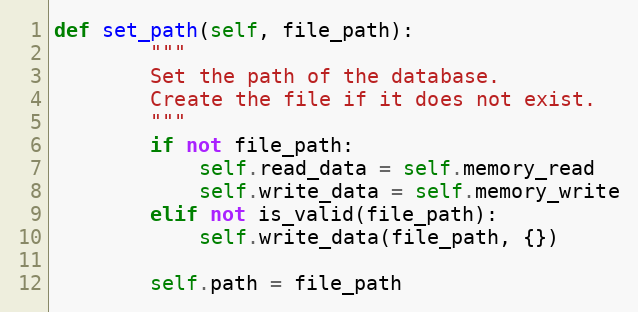
Language: Python
def set_path(self, file_path):
        """
        Set the path of the database.
        Create the file if it does not exist.
        """
        if not file_path:
            self.read_data = self.memory_read
            self.write_data = self.memory_write
        elif not is_valid(file_path):
            self.write_data(file_path, {})

        self.path = file_path